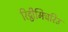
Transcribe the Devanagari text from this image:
रिट्ठीमिचरिउ